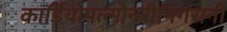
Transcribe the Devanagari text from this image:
कार्डियोपल्मोनरीनिगरानी